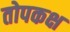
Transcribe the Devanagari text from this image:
तोपकक्ष